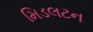
મિડલટન